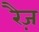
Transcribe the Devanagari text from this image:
रैज़